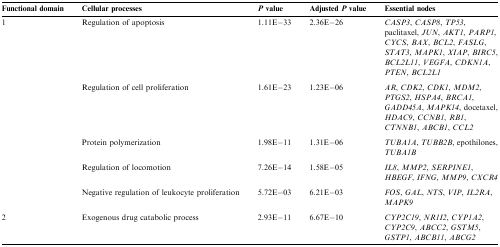
<table><thead><tr><td><b>Functional domain</b></td><td><b>Cellular processes</b></td><td><b><i>P</i> value</b></td><td><b>Adjusted <i>P</i> value</b></td><td><b>Essential nodes</b></td></tr></thead><tbody><tr><td rowspan="9">1</td><td>Regulation of apoptosis</td><td>1.11E−33</td><td>2.36E−26</td><td><i>CASP3</i>, <i>CASP8</i>, <i>TP53</i>, paclitaxel, <i>JUN</i>, <i>AKT1</i>, <i>PARP1</i>, <i>CYCS</i>, <i>BAX</i>, <i>BCL2</i>, <i>FASLG</i>, <i>STAT3</i>, <i>MAPK1</i>, <i>XIAP</i>, <i>BIRC5</i>, <i>BCL2L11</i>, <i>VEGFA</i>, <i>CDKN1A</i>, <i>PTEN</i>, <i>BCL2L1</i></td></tr><tr><td colspan="4">  </td></tr><tr><td>Regulation of cell proliferation</td><td>1.61E−23</td><td>1.23E−06</td><td><i>AR</i>, <i>CDK2</i>, <i>CDK1</i>, <i>MDM2</i>, <i>PTGS2</i>, <i>HSPA4</i>, <i>BRCA1</i>, <i>GADD45A</i>, <i>MAPK14</i>, docetaxel, <i>HDAC9</i>, <i>CCNB1</i>, <i>RB1</i>, <i>CTNNB1</i>, <i>ABCB1</i>, <i>CCL2</i></td></tr><tr><td colspan="4">  </td></tr><tr><td>Protein polymerization</td><td>1.98E−11</td><td>1.31E−06</td><td><i>TUBA1A</i>, <i>TUBB2B</i>, epothilones, <i>TUBA1B</i></td></tr><tr><td colspan="4">  </td></tr><tr><td>Regulation of locomotion</td><td>7.26E−14</td><td>1.58E−05</td><td><i>IL8</i>, <i>MMP2</i>, <i>SERPINE1</i>, <i>HBEGF</i>, <i>IFNG</i>, <i>MMP9</i>, <i>CXCR4</i></td></tr><tr><td colspan="4">  </td></tr><tr><td>Negative regulation of leukocyte proliferation</td><td>5.72E−03</td><td>6.21E−03</td><td><i>FOS</i>, <i>GAL</i>, <i>NTS</i>, <i>VIP</i>, <i>IL2RA</i>, <i>MAPK9</i></td></tr><tr><td colspan="5">  </td></tr><tr><td>2</td><td>Exogenous drug catabolic process</td><td>2.93E−11</td><td>6.67E−10</td><td><i>CYP2C19</i>, <i>NR1I2</i>, <i>CYP1A2</i>, <i>CYP2C9</i>, <i>ABCC2</i>, <i>GSTM5</i>, <i>GSTP1</i>, <i>ABCB11</i>, <i>ABCG2</i></td></tr></tbody></table>